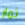
ثمار